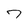
Character: 7